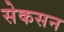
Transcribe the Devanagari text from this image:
सेकसन